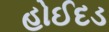
હોઈદડ